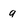
Character: g